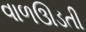
વાળઊડતી